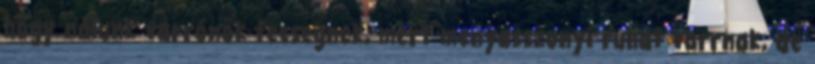
hogy nálunk varrónők fecsegnek, mert menyasszonyi ruhát varrnak, de